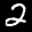
Label: 2